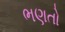
ભણતો